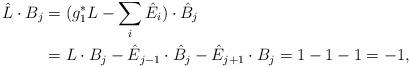
LaTeX: \begin{align*} \hat L \cdot B_j &= (g_1^*L - \sum_{i }{\hat E_i}) \cdot \hat B_j \\ &= L \cdot B_j- \hat E_{j-1} \cdot \hat B_j - \hat E_{j+1} \cdot B_j = 1 - 1 - 1 = -1,\end{align*}